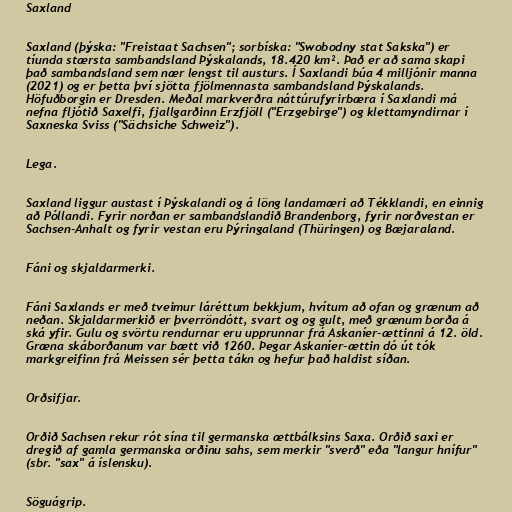
Saxland

Saxland (þýska: "Freistaat Sachsen"; sorbíska: "Swobodny stat Sakska") er
tíunda stærsta sambandsland Þýskalands, 18.420 km². Það er að sama skapi
það sambandsland sem nær lengst til austurs. Í Saxlandi búa 4 milljónir manna
(2021) og er þetta því sjötta fjölmennasta sambandsland Þýskalands.
Höfuðborgin er Dresden. Meðal markverðra náttúrufyrirbæra í Saxlandi má
nefna fljótið Saxelfi, fjallgarðinn Erzfjöll ("Erzgebirge") og klettamyndirnar í
Saxneska Sviss ("Sächsiche Schweiz").

Lega.

Saxland liggur austast í Þýskalandi og á löng landamæri að Tékklandi, en einnig
að Póllandi. Fyrir norðan er sambandslandið Brandenborg, fyrir norðvestan er
Sachsen-Anhalt og fyrir vestan eru Þýringaland (Thüringen) og Bæjaraland.

Fáni og skjaldarmerki.

Fáni Saxlands er með tveimur láréttum bekkjum, hvítum að ofan og grænum að
neðan. Skjaldarmerkið er þverröndótt, svart og og gult, með grænum borða á
ská yfir. Gulu og svörtu rendurnar eru upprunnar frá Askaníer-ættinni á 12. öld.
Græna skáborðanum var bætt við 1260. Þegar Askaníer-ættin dó út tók
markgreifinn frá Meissen sér þetta tákn og hefur það haldist síðan.

Orðsifjar.

Orðið Sachsen rekur rót sína til germanska ættbálksins Saxa. Orðið saxi er
dregið af gamla germanska orðinu sahs, sem merkir "sverð" eða "langur hnífur"
(sbr. "sax" á íslensku).

Söguágrip.